Annual administration and progress report of the Indian Medical Department, Bombay
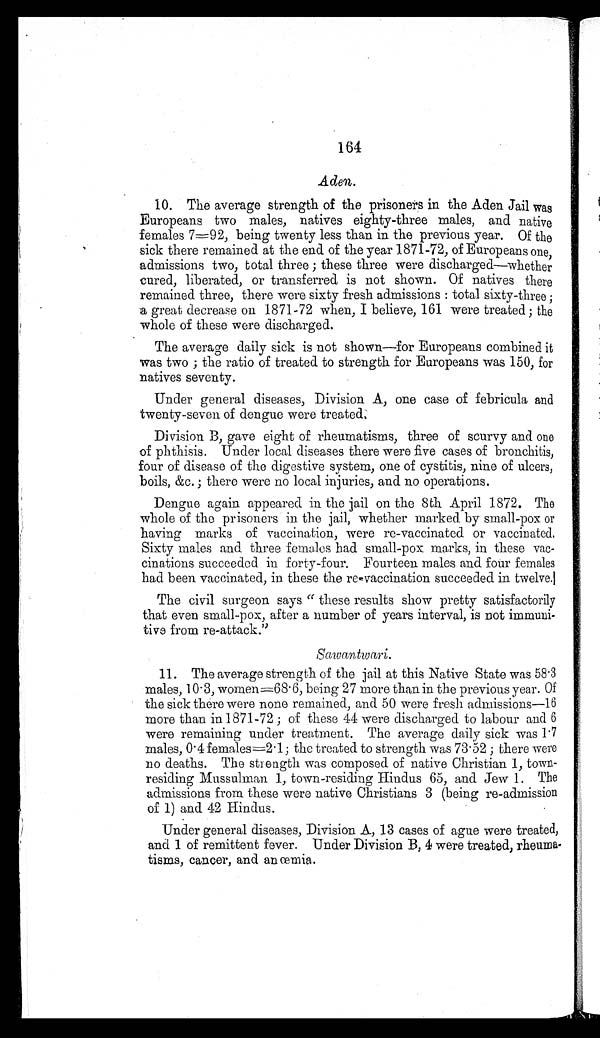
164
Aden.
10. The average strength of the prisoners in the Aden Jail was
Europeans two males, natives eighty-three males, and native
females 7=92, being twenty less than in the previous year. Of the
sick there remained at the end of the year 1871-72, of Europeans one,
admissions two, total three ; these three were discharged—whether
cured, liberated, or transferred is not shown. Of natives there
remained three, there were sixty fresh admissions : total sixty-three ;
a great decrease on 1871-72 when, I believe, 161 were treated ; the
whole of these were discharged.
The average daily sick is not shown—for Europeans combined it
was two ; the ratio of treated to strength for Europeans was 150, for
natives seventy.
Under general diseases, Division A, one case of febricula and
twenty-seven of dengue were treated.
Division B, gave eight of rheumatisms, three of scurvy and one
of phthisis. Under local diseases there were five cases of bronchitis,
four of disease of the digestive system, one of cystitis, nine of ulcers,
boils, &c.; there were no local injuries, and no operations.
Dengue again appeared in the jail on the 8th April 1872. The
whole of the prisoners in the jail, whether marked by small-pox or
having marks of vaccination, were re-vaccinated or vaccinated.
Sixty males and three females had small-pox marks, in these vac
-
cinations succeeded in forty-four. Fourteen males and four females
had been vaccinated, in these the re-vaccination succeeded in twelve.
The civil surgeon says "these results show pretty satisfactorily
that even small-pox, after a number of years interval, is not immuni
-
tive from re-attack."
Sawantwari.
11. The average strength of the jail at this Native State was 58.3
males, 10.3, women=68.6, being 27 more than in the previous year. Of
the sick there were none remained, and 50 were fresh admissions—16
more than in 1871-72 ; of these 44 were discharged to labour and 6
were remaining under treatment. The average daily sick was 1.7
males, 0.4 females=2.1 ; the treated to strength was 78.52 ; there were
no deaths. The strength was composed of native Christian 1, town
-
residing Mussulman 1, town-residing Hindus 65, and Jew 1. The
admissions from these were native Christians 3 (being re-admission
of 1) and 42 Hindus.
Under general diseases, Division A, 13 cases of ague were treated,
and 1 of remittent fever. Under Division B, 4 were treated, rheuma
-
tisms, cancer, and anœmia.